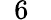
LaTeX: \phantom{0}6\phantom{.0}